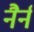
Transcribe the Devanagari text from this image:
नैर्न